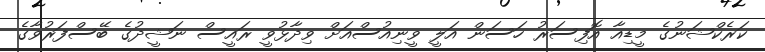
ކަރެކްޝަނުގެ މީޑިއާ އޮފިސަރު ހަސަން އަލީ ވީނިއުސްއަށް ވިދާޅުވީ ރައީސް ނަޝީދުގެ ބޭސްފަރުވާގެ